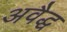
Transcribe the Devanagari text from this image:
अवैद्ध